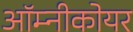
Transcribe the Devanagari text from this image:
ऑम्नीकोयर